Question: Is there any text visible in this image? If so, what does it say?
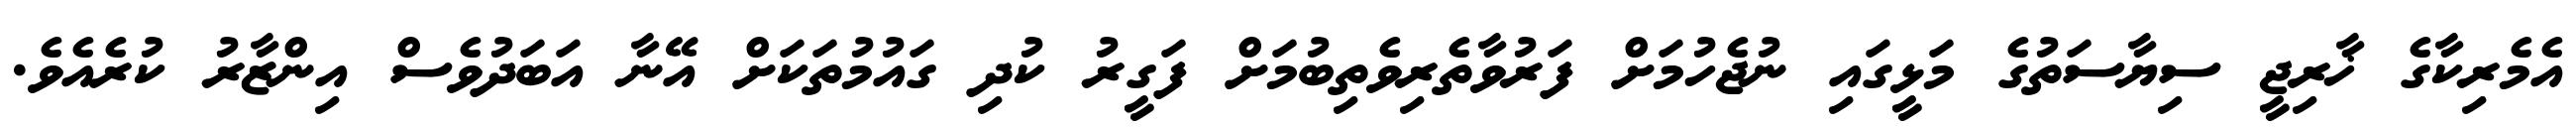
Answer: އެމެރިކާގެ ޚާރިޖީ ސިޔާސަތުގެ މަޅީގައި ނުޖެހުމަށް ފަރުވާތެރިވެތިބުމަށް ފަގީރު ކުދި ގައުމުތަކަށް އޭނާ އަބަދުވެސް އިންޒާރު ކުރެއެވެ.